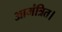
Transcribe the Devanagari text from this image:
आमंत्रित।